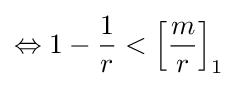
\Leftrightarrow 1-{\frac {1}{r}}<\left[{\frac {m}{r}}\right]_{1}